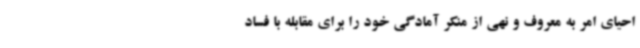
احیای امر به معروف و نهی از منکر آمادگی خود را برای مقابله با فساد